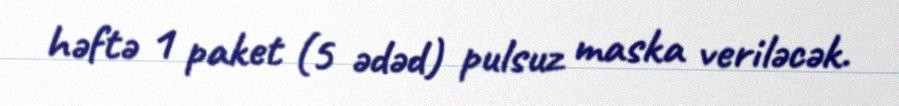
həftə 1 paket (5 ədəd) pulsuz maska veriləcək.